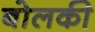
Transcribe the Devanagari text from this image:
बोलकी